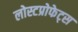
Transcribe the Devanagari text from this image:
लोस्टप्रोफेट्स